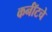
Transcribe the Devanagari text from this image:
कर्नॉटचे